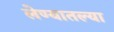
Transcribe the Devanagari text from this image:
लेण्यातल्या